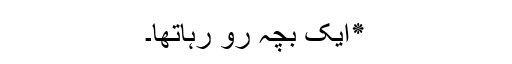
٭ایک بچہ رو رہاتھا۔